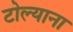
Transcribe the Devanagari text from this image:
टोल्याना